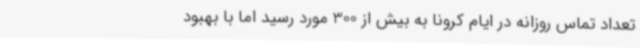
تعداد تماس روزانه در ایام کرونا به بیش از 300 مورد رسید اما با بهبود